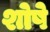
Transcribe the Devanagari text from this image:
शोषे